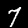
Digit: 7